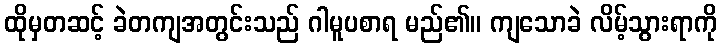
ထိုမှတဆင့် ခဲတကျအတွင်းသည် ဂါမူပစာရ မည်၏။ ကျသောခဲ လိမ့်သွားရာကို